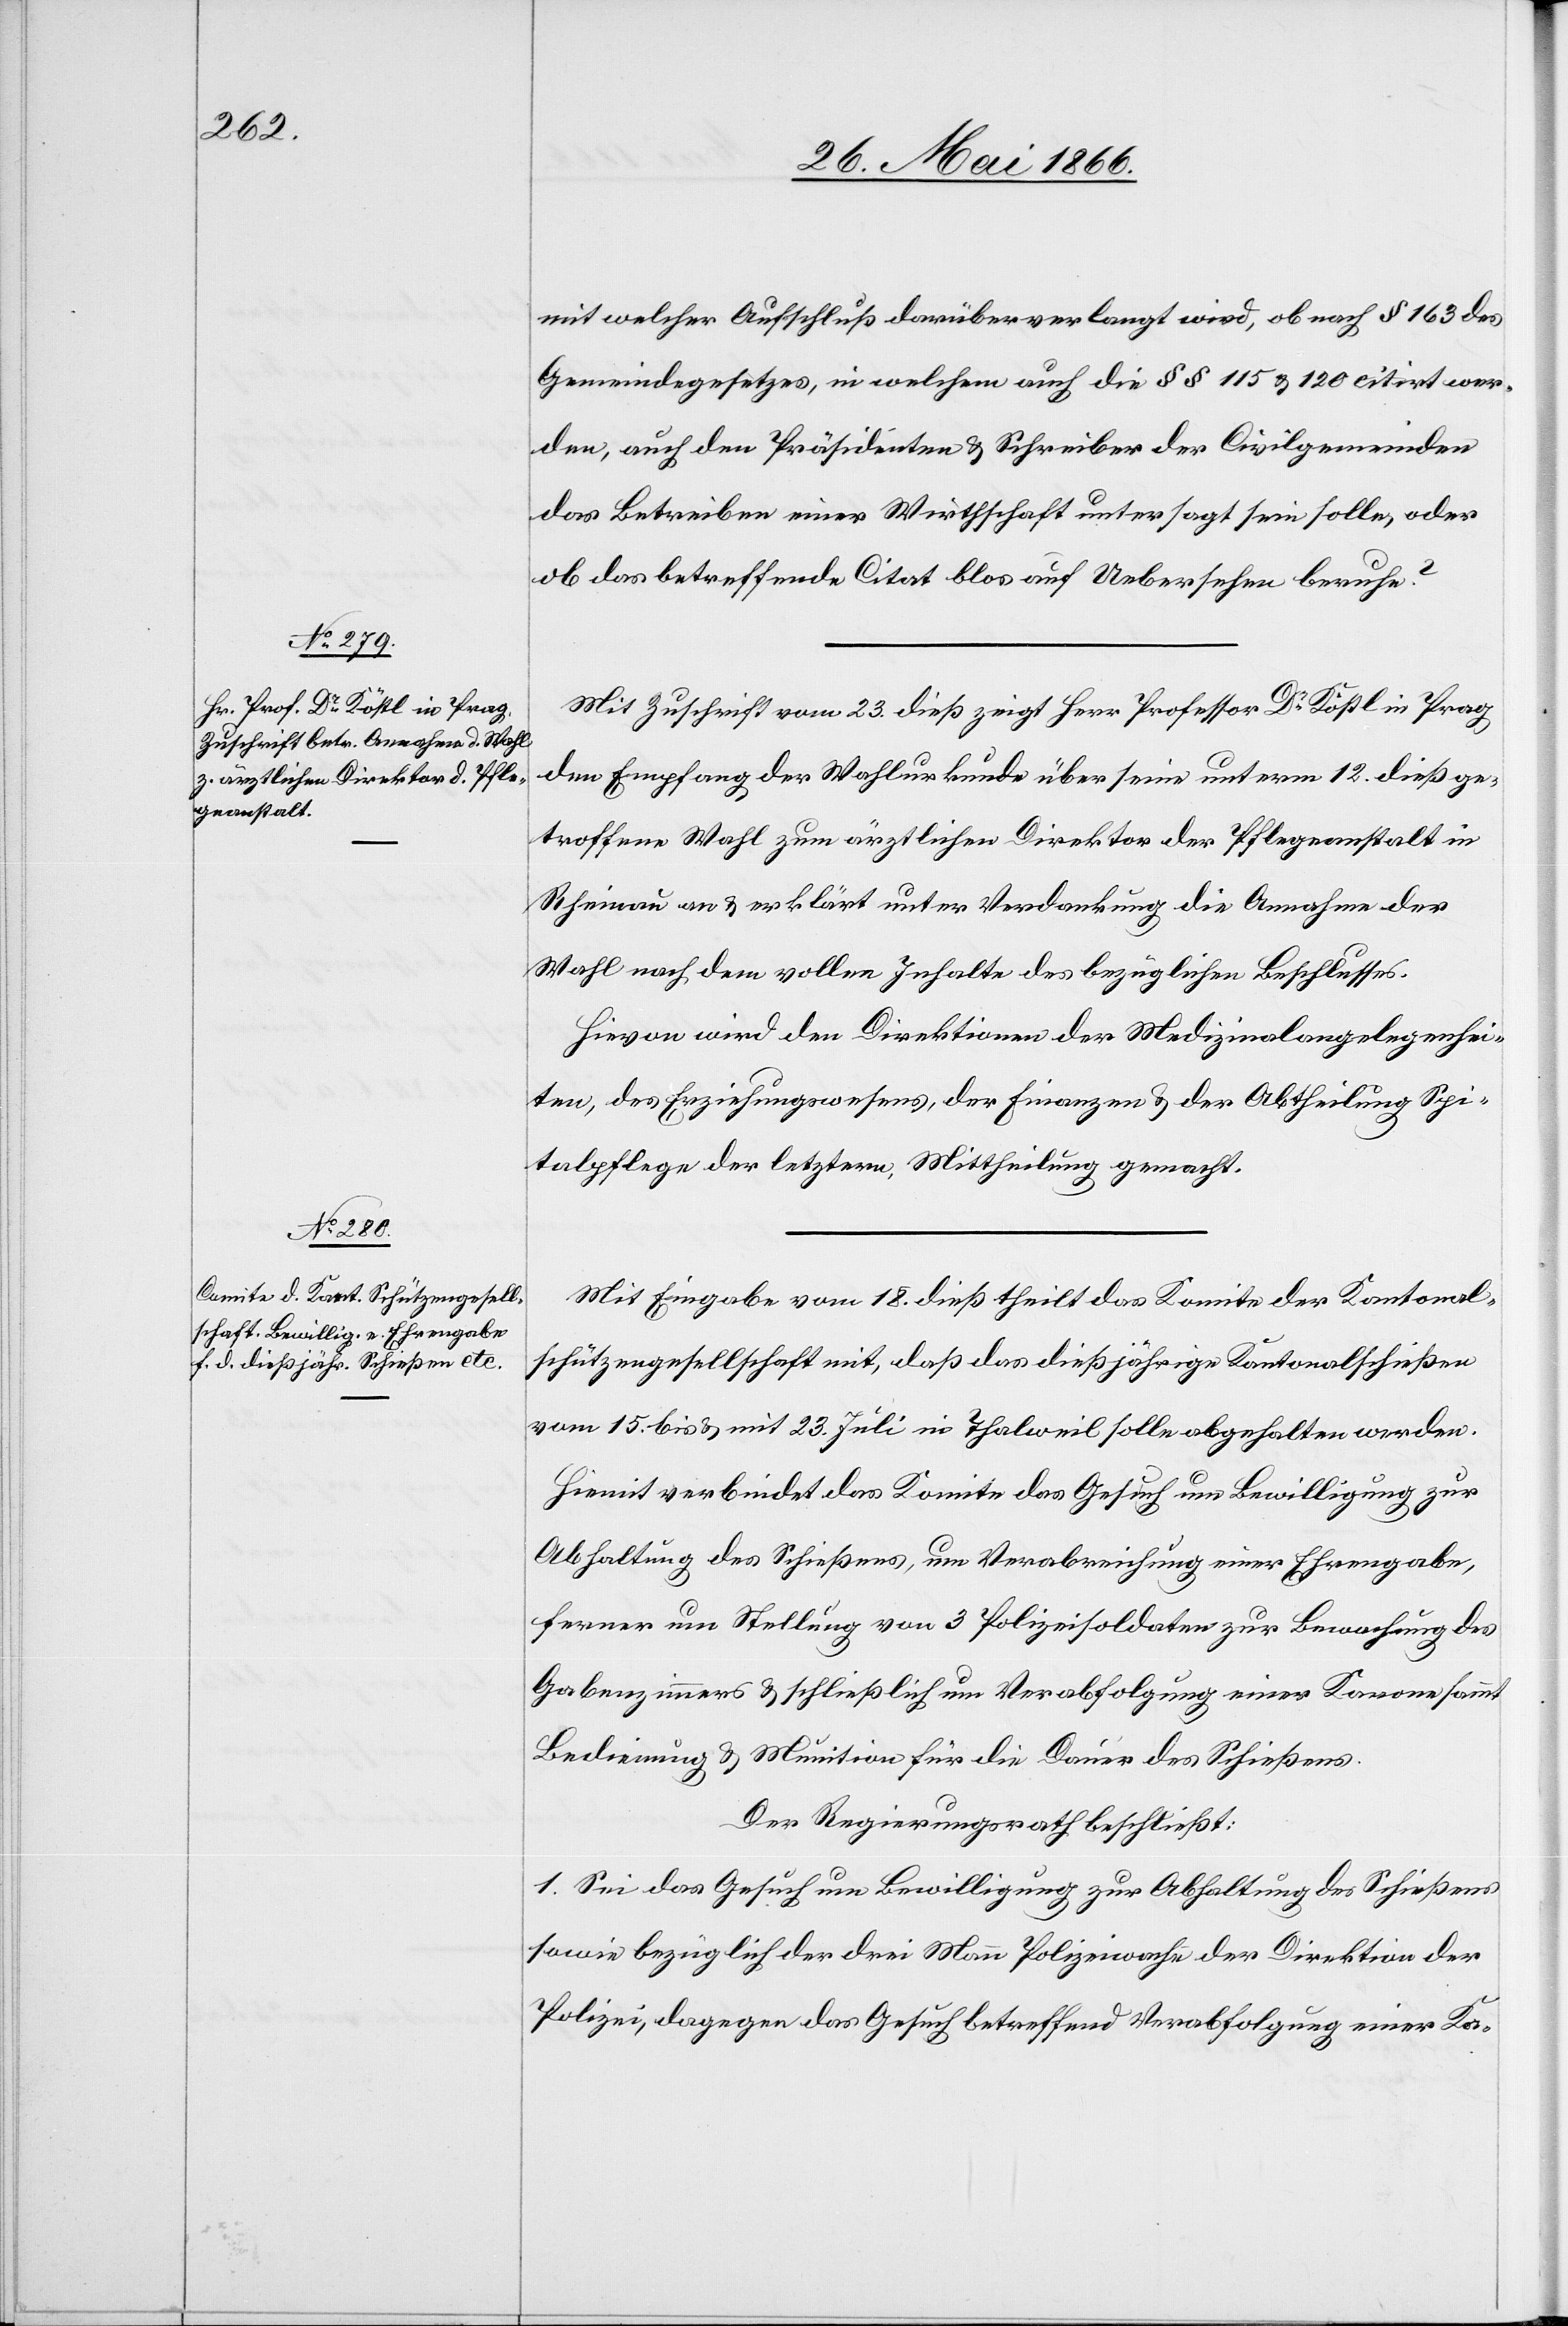
mit welcher Aufschluß darüber verlangt wird, ob nach § 163 des
Gemeindegesetzes, in welchem auch die § § 115 u. 120 citirt wer¬
den, auch den Präsidenten u. Schreiber der Civilgemeinden
das Betreiben einer Wirthschaft untersagt sein solle, oder
ob das betreffende Citat blos auf Uebersehen beruhe?
Mit Zuschrift vom 23. dieß zeigt Herr Professor Dr. Kößl in Prag
den Empfang der Wahlurkunde über seine unterm 12. dieß ge¬
troffene Wahl zum ärztlichen Direktor der Pflegeanstalt in
Rheinau an u. erklärt unter Verdankung die Annahme der
Wahl nach dem vollen Inhalte des bezüglichen Beschlusses.
Hievon wird den Direktionen der Medizinalangelegenhei¬
ten, des Erziehungswesens, der Finanzen u. der Abtheilung Spi¬
talpflege der letztern, Mittheilung gemacht.
Mit Eingabe vom 18. dieß theilt das Komitee der Kantonal¬
schützengesellschaft mit, daß das dießjährige Kantonalschießen
vom 15. bis u. mit 23. Juli in Thalweil solle abgehalten werden.
Hiemit verbindet das Komitee das Gesuch um Bewilligung zur
Abhaltung des Schießens, um Verabreichung einer Ehrengabe,
ferner um Stellung von 3 Polizeisoldaten zur Bewachung des
Gabenzimmers u. schließlich um Verabfolgung einer Kanone sammt
Bedienung u. Munition für die Dauer des Schießens.
Der Regierungsrath beschließt:
1. Sei das Gesuch um Bewilligung zur Abhaltung des Schießens
sowie bezüglich der drei Mann Polizeiwache der Direktion der
Polizei, dagegen das Gesuch betreffend Verabfolgung einer Ka-